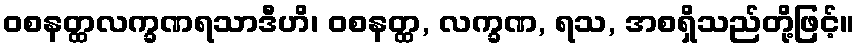
ဝစနတ္ထလက္ခဏရသာဒီဟိ၊ ဝစနတ္ထ, လက္ခဏ, ရသ, အစရှိသည်တို့ဖြင့်။